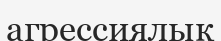
агрессиялық